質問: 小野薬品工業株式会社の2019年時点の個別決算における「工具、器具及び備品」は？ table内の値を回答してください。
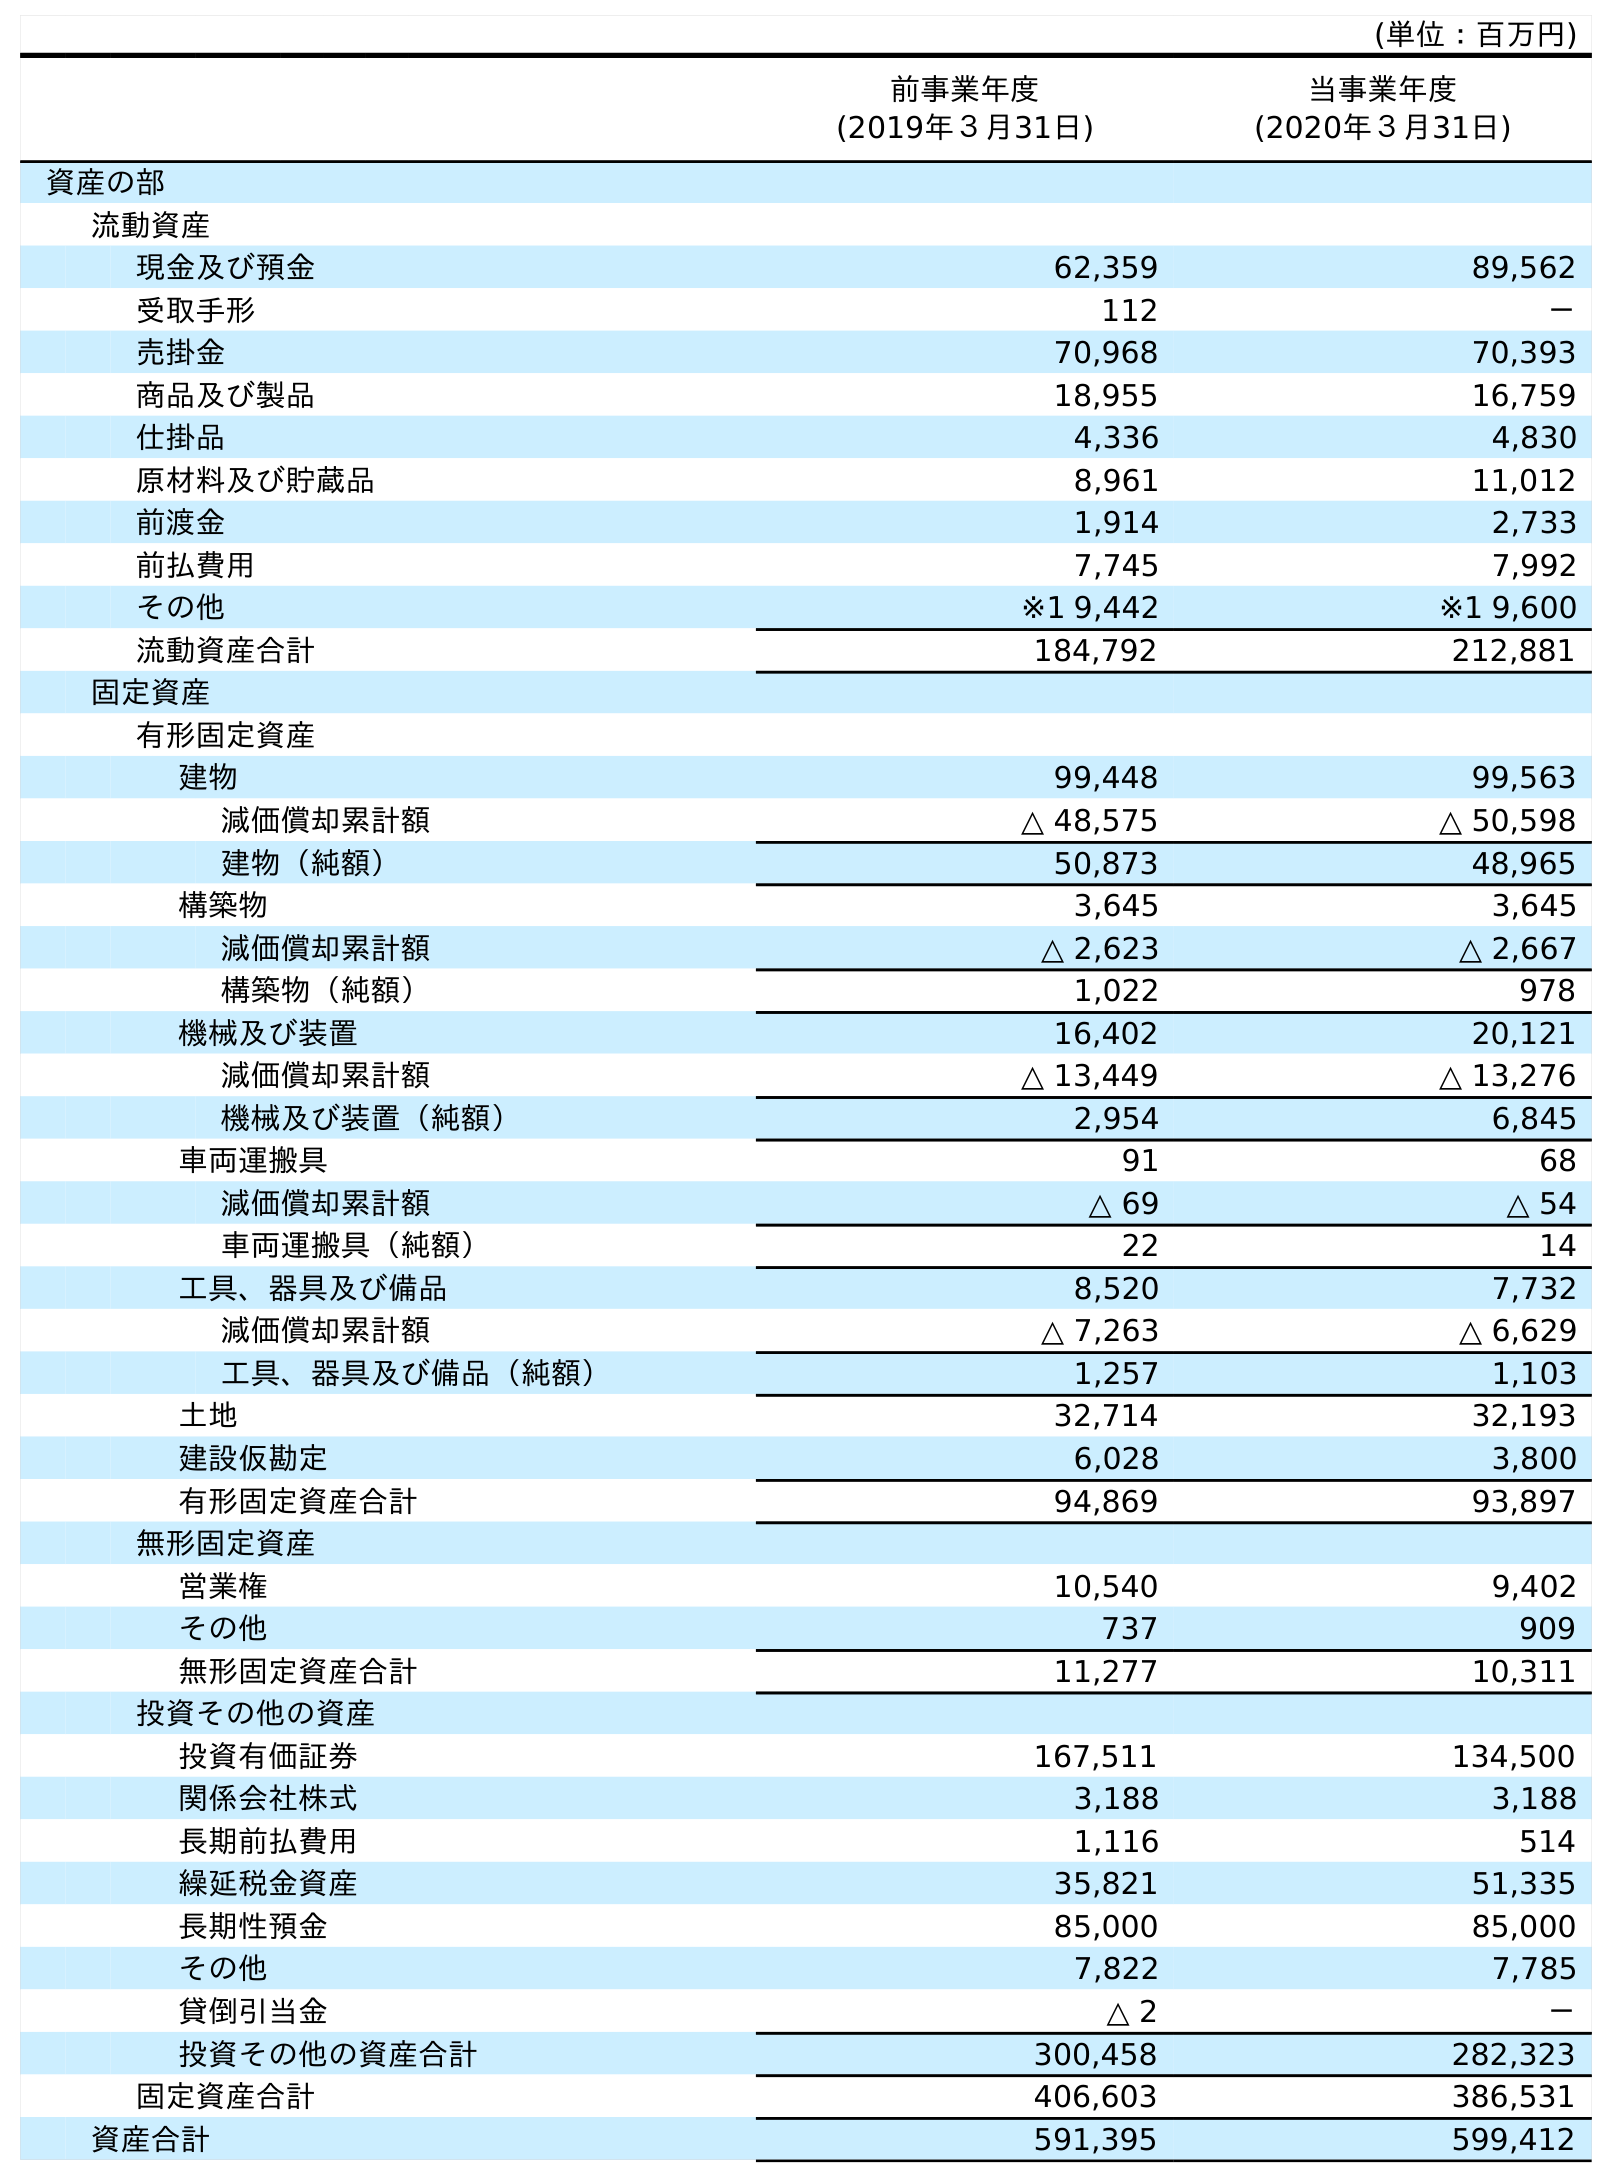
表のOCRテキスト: (単位：百万円) 前事業年度 (2019年３月31日) 当事業年度 (2020年３月31日) 資産の部 流動資産 現金及び預金 62,359 89,562 受取手形 112 － 売掛金 70,968 70,393 商品及び製品 18,955 16,759 仕掛品 4,336 4,830 原材料及び貯蔵品 8,961 11,012 前渡金 1,914 2,733 前払費用 7,745 7,992 その他 ※1 9,442 ※1 9,600 流動資産合計 184,792 212,881 固定資産 有形固定資産 建物 99,448 99,563 減価償却累計額 △ 48,575 △ 50,598 建物（純額） 50,873 48,965 構築物 3,645 3,645 減価償却累計額 △ 2,623 △ 2,667 構築物（純額） 1,022 978 機械及び装置 16,402 20,121 減価償却累計額 △ 13,449 △ 13,276 機械及び装置（純額） 2,954 6,845 車両運搬具 91 68 減価償却累計額 △ 69 △ 54 車両運搬具（純額） 22 14 工具、器具及び備品 8,520 7,732 減価償却累計額 △ 7,263 △ 6,629 工具、器具及び備品（純額） 1,257 1,103 土地 32,714 32,193 建設仮勘定 6,028 3,800 有形固定資産合計 94,869 93,897 無形固定資産 営業権 10,540 9,402 その他 737 909 無形固定資産合計 11,277 10,311 投資その他の資産 投資有価証券 167,511 134,500 関係会社株式 3,188 3,188 長期前払費用 1,116 514 繰延税金資産 35,821 51,335 長期性預金 85,000 85,000 その他 7,822 7,785 貸倒引当金 △ 2 － 投資その他の資産合計 300,458 282,323 固定資産合計 406,603 386,531 資産合計 591,395 599,412
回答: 8,520